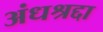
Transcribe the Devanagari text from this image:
अंधश्रद्दा